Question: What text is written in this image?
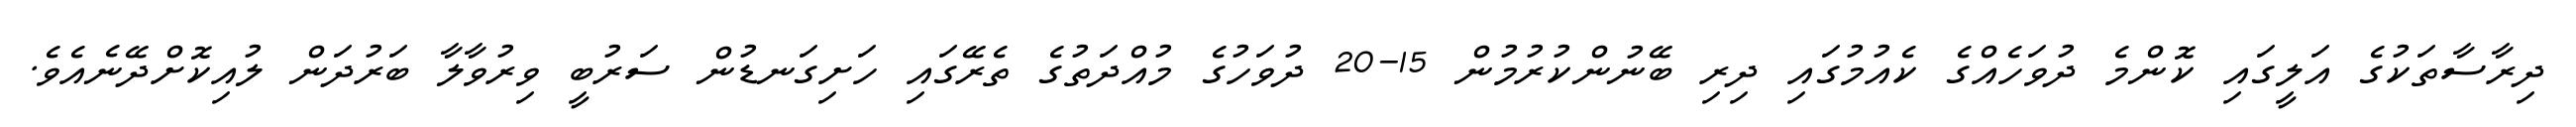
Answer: ދިރާސާތަކުގެ އަލީގައި ކޮންމެ ދުވަހެއްގެ ކެއުމުގައި ދިރި ބޭނުންކުރުމުން 15-20 ދުވަހުގެ މުއްދަތުގެ ތެރޭގައި ހަށިގަނޑުން ސަރުބީ ވިރުވާލާ ބަރުދަން ލުއިކޮށްދޭނެއެވެ.